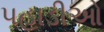
પહાડીઓ